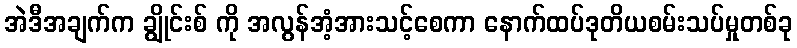
အဲဒီအချက်က ချွိုင်းစ် ကို အလွန်အံ့အားသင့်စေကာ နောက်ထပ်ဒုတိယစမ်းသပ်မှုတစ်ခု